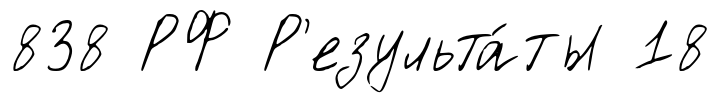
838 РФ Р'езульта́ты 18